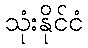
သုံးနိုင်ငံ